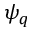
\psi _ { q }